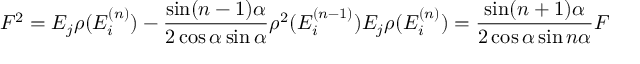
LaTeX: F ^ { 2 } = E _ { j } \rho ( E _ { i } ^ { ( n ) } ) - \frac { \sin ( n - 1 ) \alpha } { 2 \cos \alpha \sin \alpha } \rho ^ { 2 } ( E _ { i } ^ { ( n - 1 ) } ) E _ { j } \rho ( E _ { i } ^ { ( n ) } ) = \frac { \sin ( n + 1 ) \alpha } { 2 \cos \alpha \sin n \alpha } F